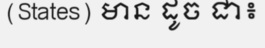
(States) មាន ដូច ជា៖